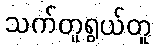
သက်တူရွယ်တူ